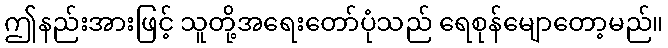
ဤနည်းအားဖြင့် သူတို့အရေးတော်ပုံသည် ရေစုန်မျောတော့မည်။